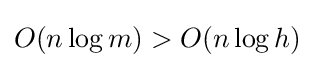
O(n\log m)>O(n\log h)